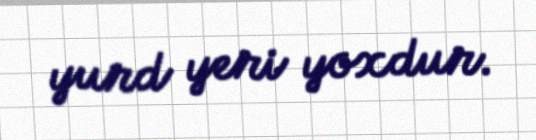
yurd yeri yoxdur.